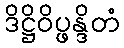
ဒိဋ္ဌိဝိပ္ဖန္ဒိတံ